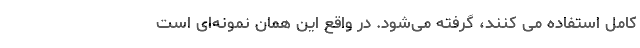
کامل استفاده می کنند، گرفته می‌شود. در واقع این همان نمونه‌ای است